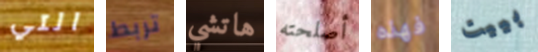
التي تربط هاتشي أصلحته فهذه بييت